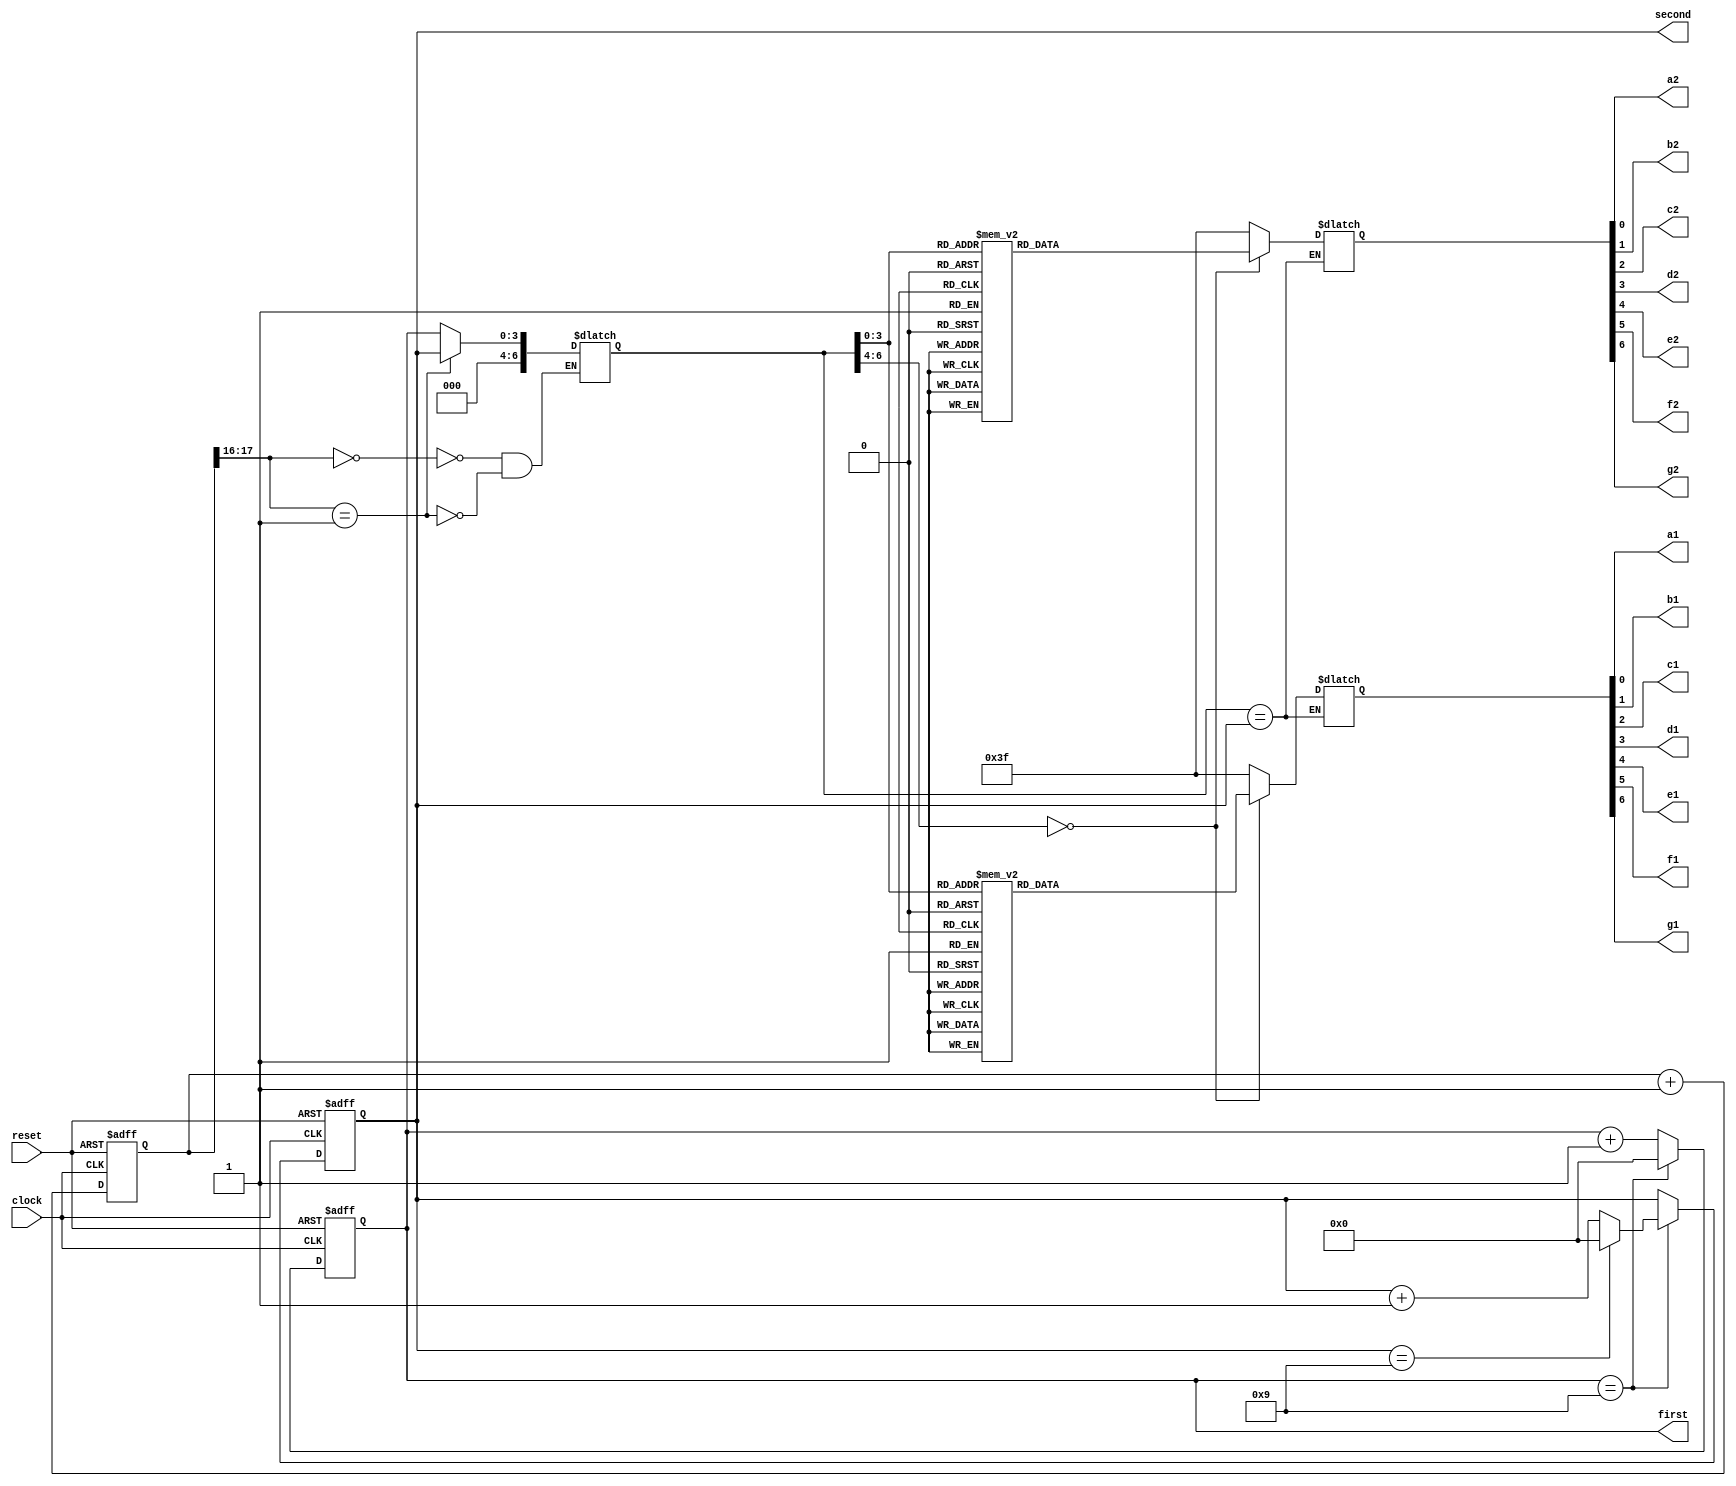
module counter(
    input clock,
    input reset,
    output a1,
    output a2,
    output b1,
    output b2,
    output c1,
    output c2,
    output d1,
    output d2,
    output e1,
    output e2,
    output f1,
    output f2,
    output g1,
    output g2,
    output reg [3:0]first,
    output reg [3:0]second
);

wire [3:0]an;

always @ (posedge clock or posedge reset)
    begin
        if (reset) begin
            first <= 0;
            second <= 0;
    end else if (first==4'd9) begin
        first <= 0;
        if (second == 4'd9) //99 reached
            second <= 0;
        else
            second <= second + 1;
    end else
    first <= first + 1;
  end

localparam N = 18;
reg [N-1:0]count;

always @ (posedge clock or posedge reset)
    begin
        if (reset)
            count <= 0;
        else
            count <= count + 1;
    end

reg [6:0]sseg;
reg [3:0]an_temp;
always @ (*)
    begin
        case(count[N-1:N-2])
            2'b00:
            begin
                sseg = first;
                an_temp = 4'b1110;
            end

            2'b01:
            begin
                sseg = second;
                an_temp = 4'b1101;
            end
        endcase
    end
assign an = an_temp;

reg [6:0] sseg_temp1;
reg [6:0] sseg_temp2;
always @ (*)
    begin
        if(sseg == second) begin
            case(sseg)
                4'd0 : sseg_temp1 = 7'b1000000; //0
                4'd1 : sseg_temp1 = 7'b1111001; //1
                4'd2 : sseg_temp1 = 7'b0100100; //2
                4'd3 : sseg_temp1 = 7'b0110000; //3
                4'd4 : sseg_temp1 = 7'b0011001; //4
                4'd5 : sseg_temp1 = 7'b0010010; //5
                4'd6 : sseg_temp1 = 7'b0000010; //6
                4'd7 : sseg_temp1 = 7'b1111000; //7
                4'd8 : sseg_temp1 = 7'b0000000; //8
                4'd9 : sseg_temp1 = 7'b0010000; //9
                default : sseg_temp1 = 7'b0111111; //dash
            endcase
        end else begin
            case(sseg)
                4'd0 : sseg_temp2 = 7'b1000000; //0
                4'd1 : sseg_temp2 = 7'b1111001; //1
                4'd2 : sseg_temp2 = 7'b0100100; //2
                4'd3 : sseg_temp2 = 7'b0110000; //3
                4'd4 : sseg_temp2 = 7'b0011001; //4
                4'd5 : sseg_temp2 = 7'b0010010; //5
                4'd6 : sseg_temp2 = 7'b0000010; //6
                4'd7 : sseg_temp2 = 7'b1111000; //7
                4'd8 : sseg_temp2 = 7'b0000000; //8
                4'd9 : sseg_temp2 = 7'b0010000; //9
                default : sseg_temp2 = 7'b0111111; //dash
            endcase
        end
    end

assign {g1, f1, e1, d1, c1, b1, a1} = sseg_temp1;
assign {g2, f2, e2, d2, c2, b2, a2} = sseg_temp2;

endmodule